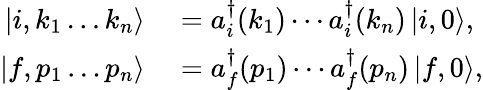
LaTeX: \begin{array}{rl}{\left|i,k_{1}\ldots k_{n}\right\rangle}&{{}=a_{i}^{\dagger}(k_{1})\cdots a_{i}^{\dagger}(k_{n})\left|i,0\right\rangle,}\\ {\left|f,p_{1}\ldots p_{n}\right\rangle}&{{}=a_{f}^{\dagger}(p_{1})\cdots a_{f}^{\dagger}(p_{n})\left|f,0\right\rangle,}\end{array}